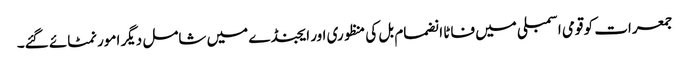
جمعرات کو قومی اسمبلی میں فاٹا انضمام بل کی منظوری اور ایجنڈے میں شامل دیگر امور نمٹائے گئے۔